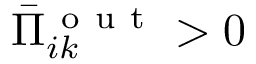
\bar { \Pi } _ { i k } ^ { \mathrm { ~ o ~ u ~ t ~ } } > 0